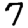
Digit: 7